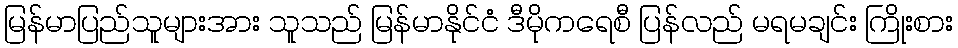
မြန်မာပြည်သူများအား သူသည် မြန်မာနိုင်ငံ ဒီမိုကရေစီ ပြန်လည် မရမချင်း ကြိုးစား